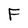
Character: F